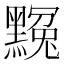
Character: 𪑲